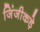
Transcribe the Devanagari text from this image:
जिंजीकड़े